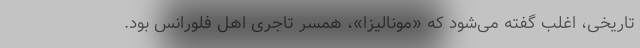
تاریخی، اغلب گفته می‌شود که «مونالیزا»، همسر تاجری اهل فلورانس بود.